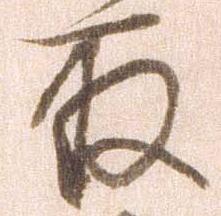
取